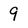
Character: 9